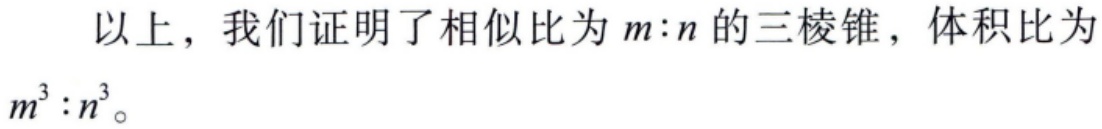
以上，我们证明了相似比为 \(m:n\) 的三棱锥，体积比为 \(m^{3}:n^{3}\)。